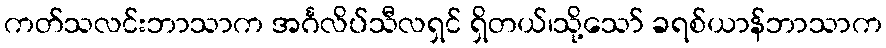
ကတ်သလင်းဘာသာက အင်္ဂလိပ်သီလရှင် ရှိတယ်၊သို့သော် ခရစ်ယာန်ဘာသာက